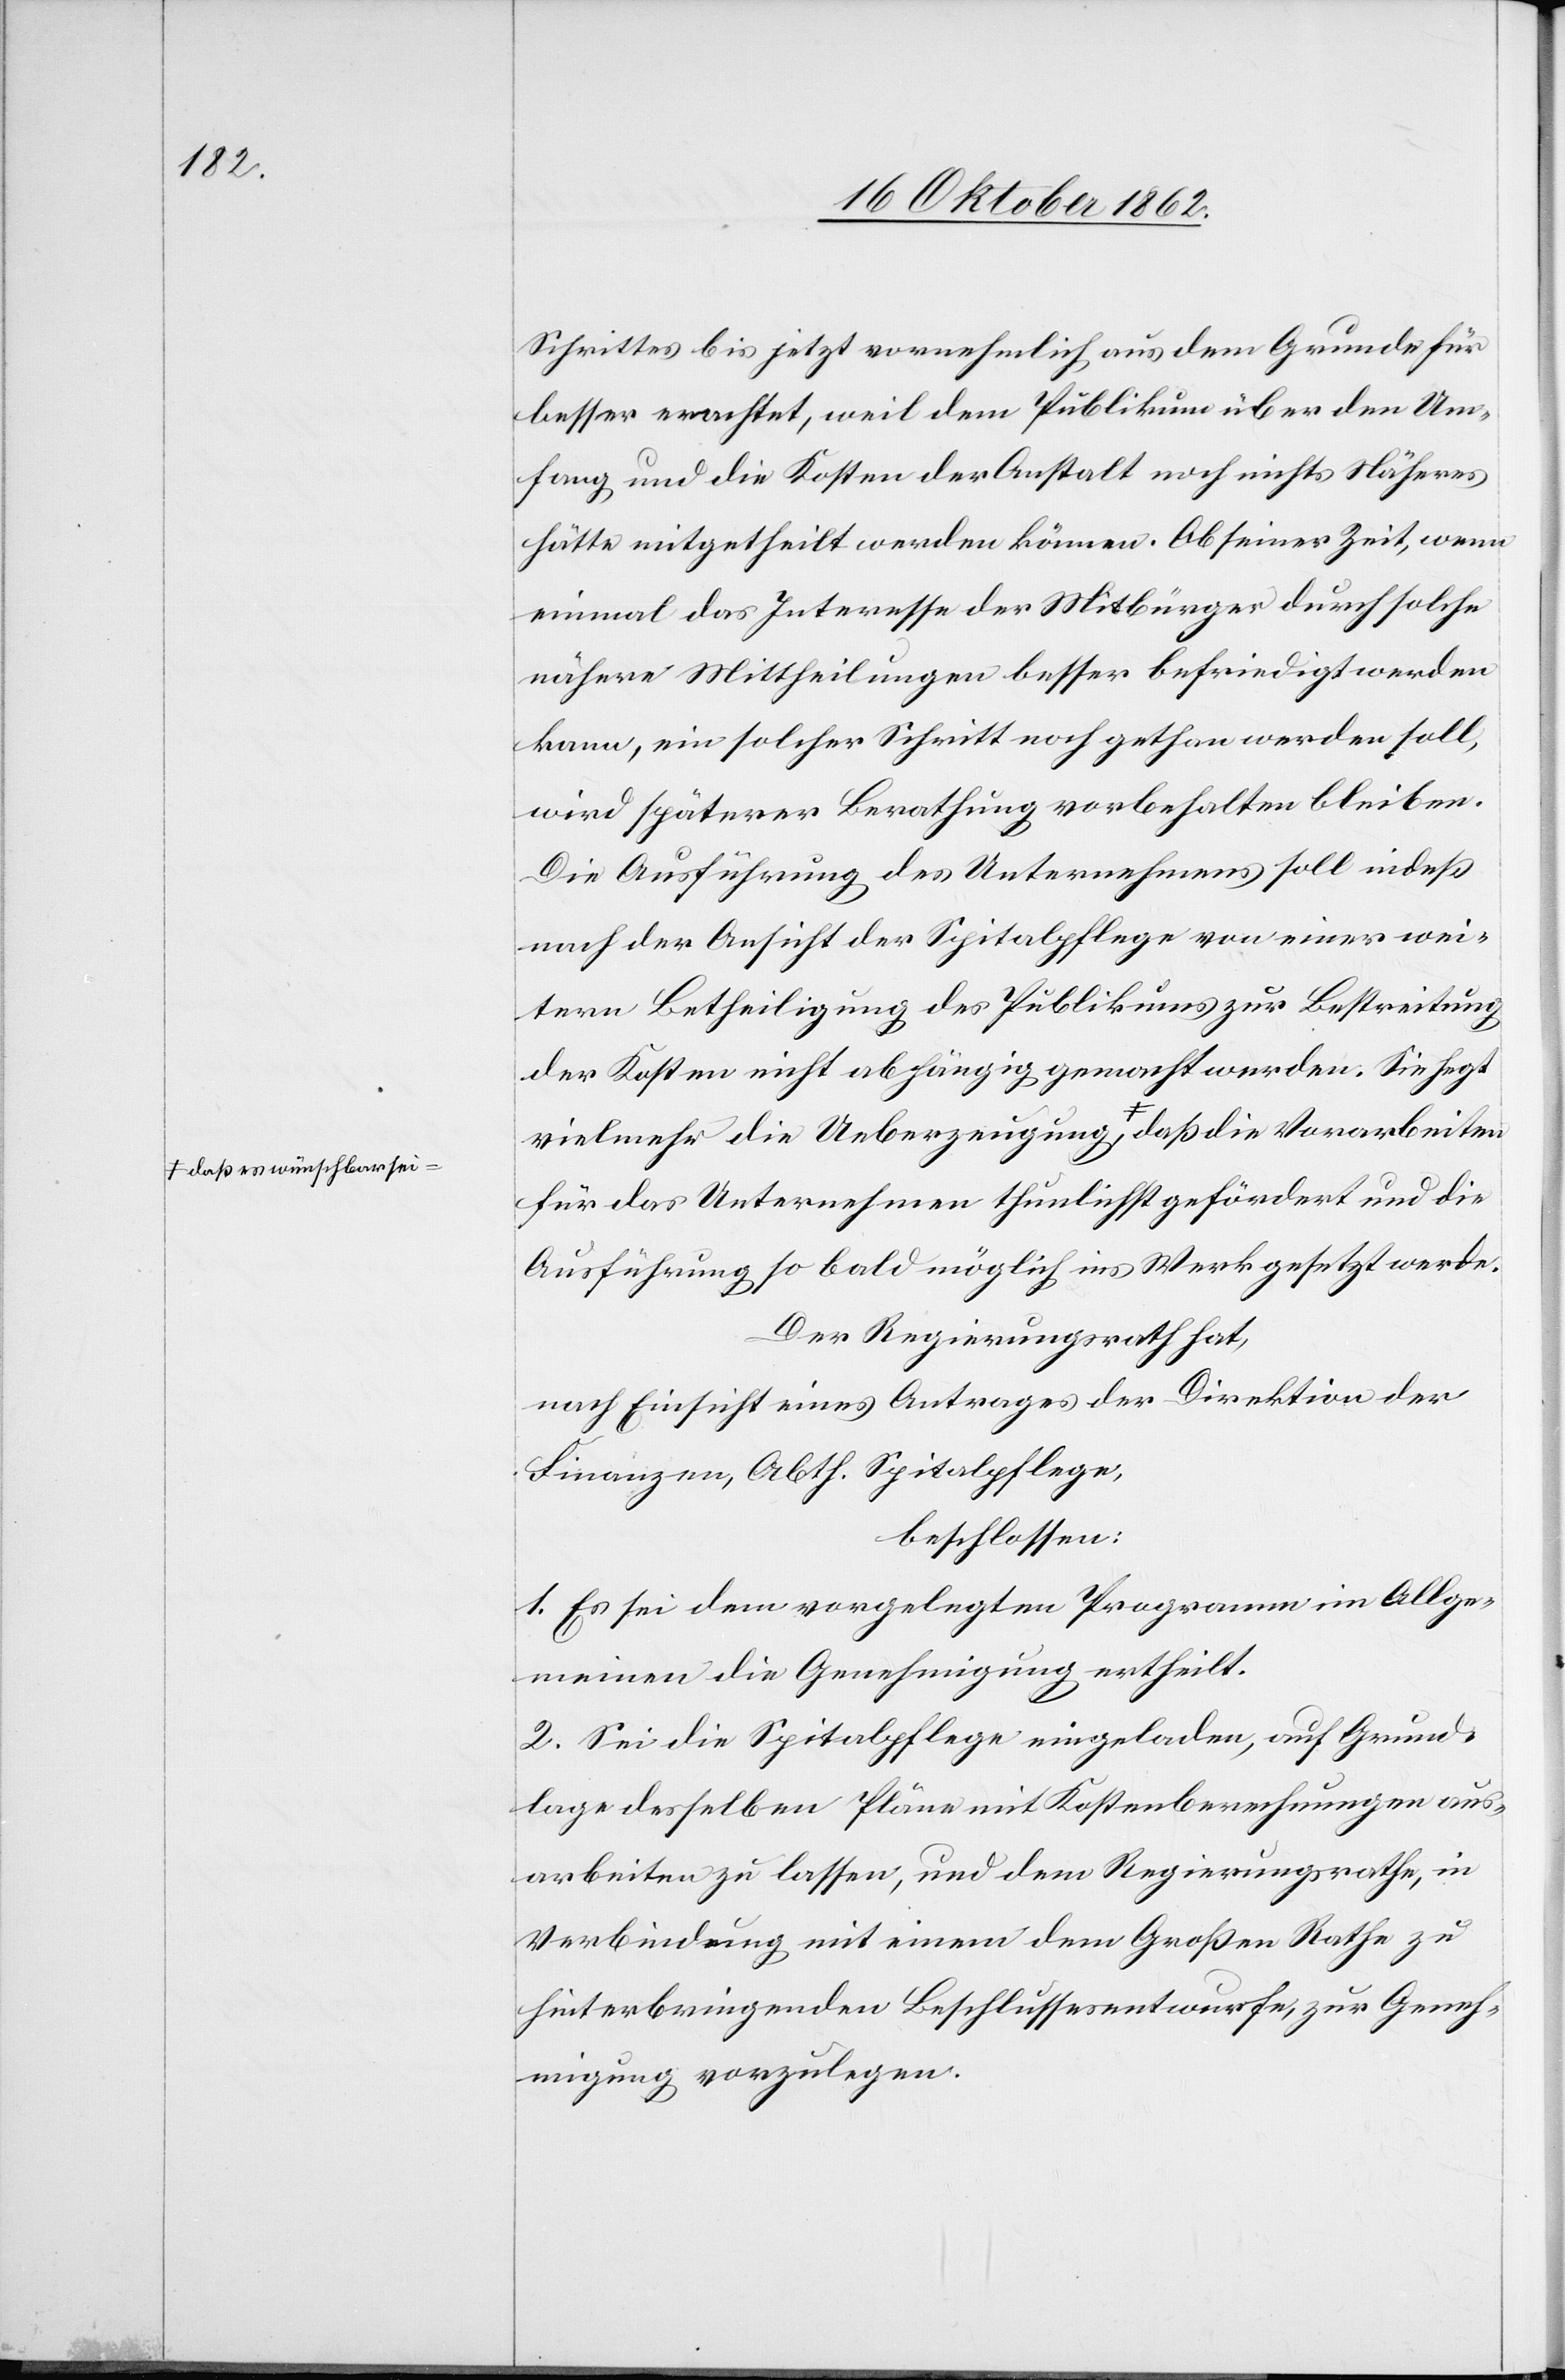
Schrittes bis jetzt vornehmlich aus dem Grunde für
besser erachtet, weil dem Publikum über den Um¬
fang und die Kosten der Anstalt noch nichts Näheres
hätte mitgetheilt werden können. Ob seiner Zeit, wenn
einmal das Interesse der Mitbürger durch solche
nähere Mittheilungen besser befriedigt werden
kann, ein solcher Schritt noch gethan werden soll,
wird späterer Berathung vorbehalten bleiben.
Die Ausführung des Unternehmens soll indeß
nach der Ansicht der Spitalpflege von einer wei¬
tern Betheiligung des Publikums zur Bestreitung
der Kosten nicht abhängig gemacht werden. Sie hegt
für das Unternehmen thunlichst gefördert und die
Ausführung so bald möglich ins Werk gesetzt werde.
Der Regierungsrath hat,
nach Einsicht eines Antrages der Direktion der
Finanzen, Abth. Spitalpflege,
beschlossen:
1. Es sei dem vorgelegten Programm im Allge¬
meinen die Genehmigung ertheilt.
2. Sei die Spitalpflege eingeladen, auf Grund¬
lage desselben Pläne mit Kostenberechnungen aus¬
arbeiten zu lassen, und dem Regierungsrathe, in
Verbindung mit einem dem Großen Rathe zu
hinterbringenden Beschlussesentwurfe, zur Geneh¬
migung vorzulegen.